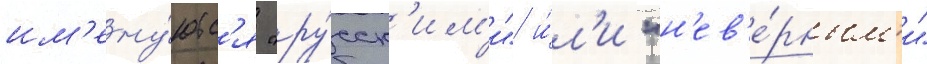
им'ену́ютс'я "ру́сск'им'и" и́л'и "н'ев'е́рным'и"